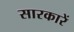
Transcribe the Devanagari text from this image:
सारकारें